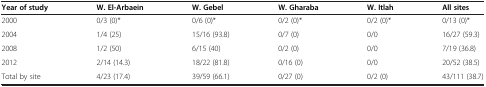
<table><thead><tr><td><b>Year of study</b></td><td><b>W. El-Arbaein</b></td><td><b>W. Gebel</b></td><td><b>W. Gharaba</b></td><td><b>W. Itlah</b></td><td><b>All sites</b></td></tr></thead><tbody><tr><td>2000</td><td>0/3 (0)*</td><td>0/6 (0)*</td><td>0/2 (0)*</td><td>0/2 (0)*</td><td>0/13 (0)*</td></tr><tr><td>2004</td><td>1/4 (25)</td><td>15/16 (93.8)</td><td>0/7 (0)</td><td>0/0</td><td>16/27 (59.3)</td></tr><tr><td>2008</td><td>1/2 (50)</td><td>6/15 (40)</td><td>0/2 (0)</td><td>0/0</td><td>7/19 (36.8)</td></tr><tr><td>2012</td><td>2/14 (14.3)</td><td>18/22 (81.8)</td><td>0/16 (0)</td><td>0/0</td><td>20/52 (38.5)</td></tr><tr><td>Total by site</td><td>4/23 (17.4)</td><td>39/59 (66.1)</td><td>0/27 (0)</td><td>0/2 (0)</td><td>43/111 (38.7)</td></tr></tbody></table>